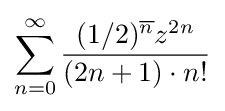
\sum _{n=0}^{\infty }{\frac {(1/2)^{\overline {n}}z^{2n}}{(2n+1)\cdot n!}}